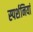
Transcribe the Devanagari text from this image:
स्पर्शनियां